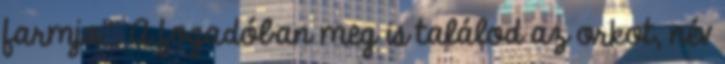
farmja”. A fogadóban meg is találod az orkot, név